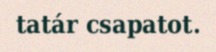
tatár csapatot.